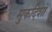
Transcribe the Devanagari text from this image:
मुकदिशो